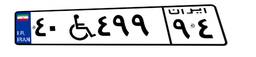
۹۱W۵۸۲۳۰